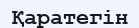
Қаратегін